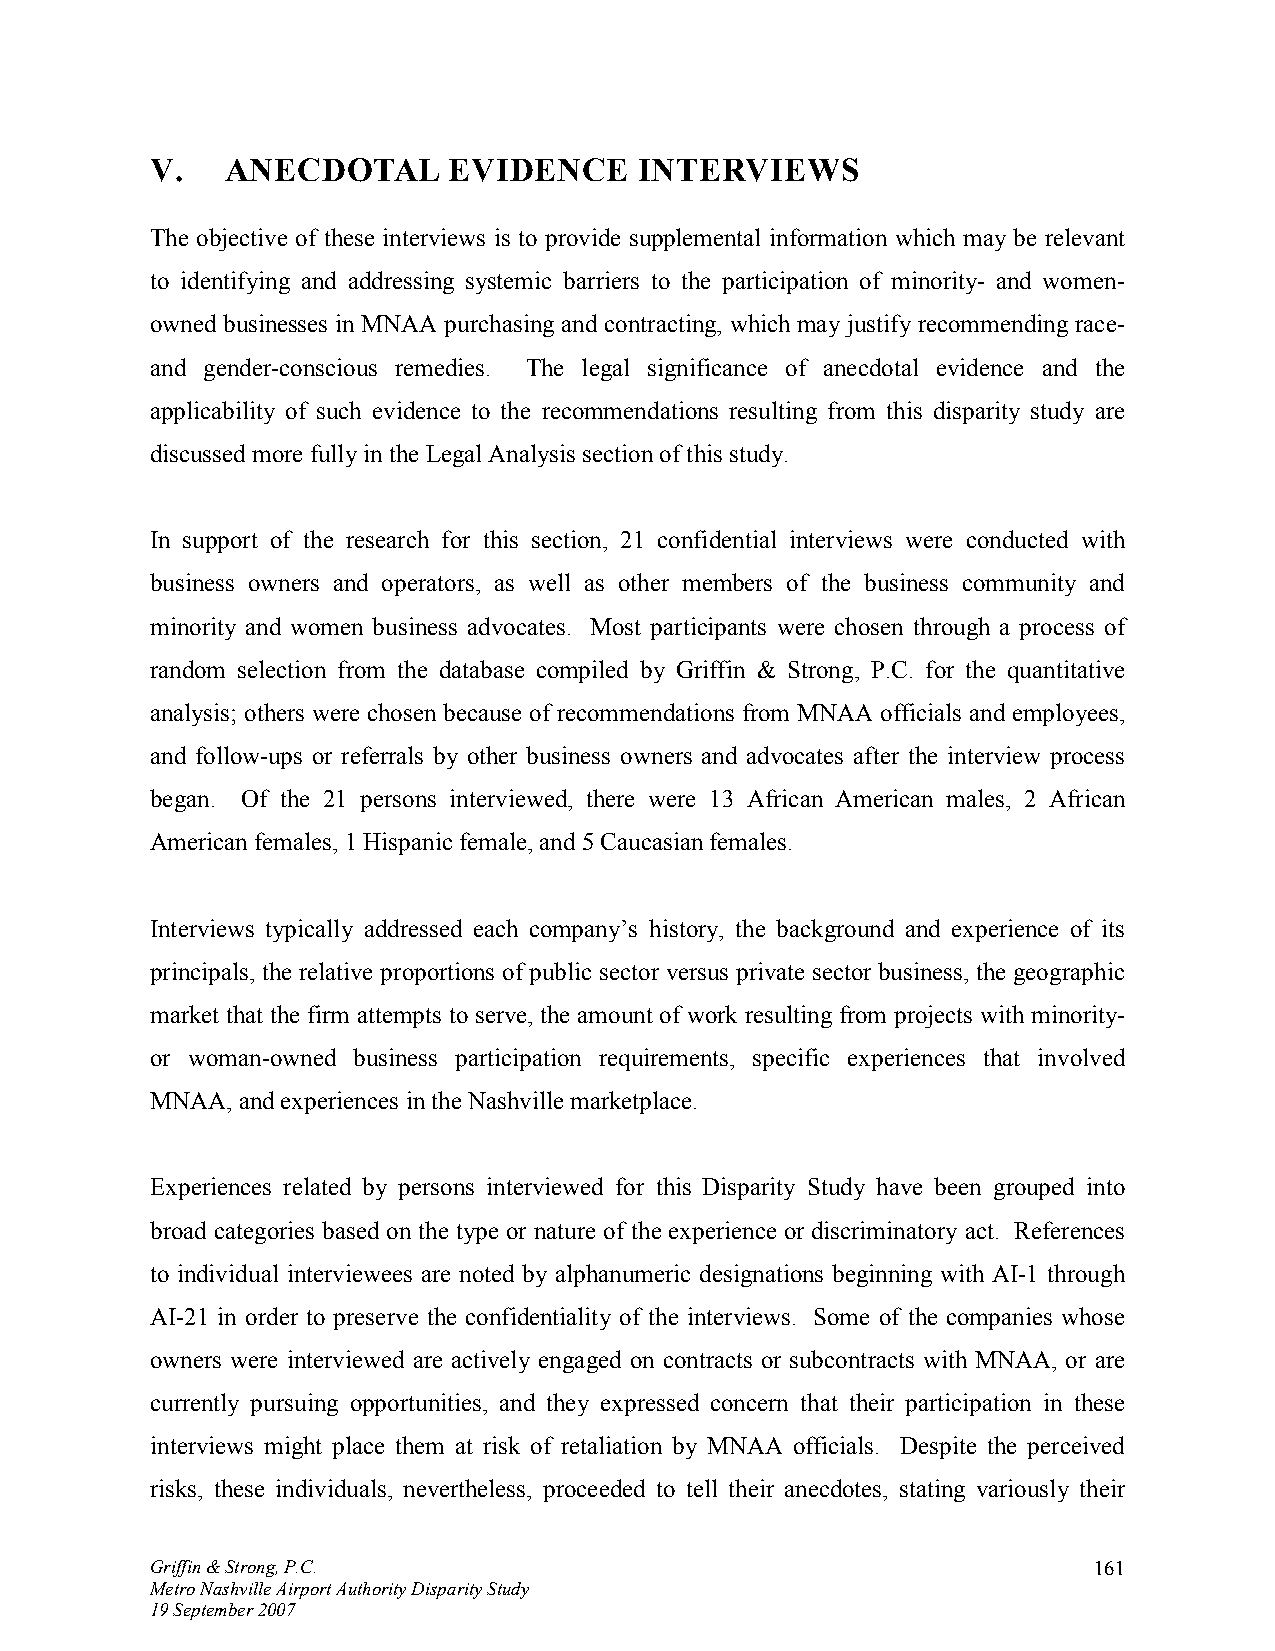
V.   ANECDOTAL      EVIDENCE    INTERVIEWS
 The objective of these interviews is to provide supplemental information which may be relevant
 to identifying and addressing systemic barriers to the participation of minority- and women-
 owned businesses in MNAA purchasing and contracting, which may justify recommending race-
 and gender-conscious remedies. The legal significance of anecdotal evidence and the
 applicability of such evidence to the recommendations resulting from this disparity study are
 discussed more fully in the Legal Analysis section of this study.
 In support of the research for this section, 21 confidential interviews were conducted with
 business owners and operators, as well as other members of the business community and
 minority and women business advocates. Most participants were chosen through a process of
 random selection from the database compiled by Griffin & Strong, P.C. for the quantitative
 analysis; others were chosen because of recommendations from MNAA officials and employees,
 and follow-ups or referrals by other business owners and advocates after the interview process
 began. Of the 21 persons interviewed, there were 13 African American males, 2 African
 American females, 1 Hispanic female, and 5 Caucasian females.
 Interviews typically addressed each company’s history, the background and experience of its
 principals, the relative proportions of public sector versus private sector business, the geographic
 market that the firm attempts to serve, the amount of work resulting from projects with minority-
 or woman-owned business participation requirements, specific experiences that involved
 MNAA, and experiences in the Nashville marketplace.
 Experiences related by persons interviewed for this Disparity Study have been grouped into
 broad categories based on the type or nature of the experience or discriminatory act. References
 to individual interviewees are noted by alphanumeric designations beginning with AI-1 through
 AI-21 in order to preserve the confidentiality of the interviews. Some of the companies whose
 owners were interviewed are actively engaged on contracts or subcontracts with MNAA, or are
 currently pursuing opportunities, and they expressed concern that their participation in these
 interviews might place them at risk of retaliation by MNAA officials. Despite the perceived
 risks, these individuals, nevertheless, proceeded to tell their anecdotes, stating variously their
 Griffin & Strong, P.C.                                        161
 Metro Nashville Airport Authority Disparity Study
 19 September 2007